Medical and sanitary report on the native army of Bombay for the year
Year: 1879
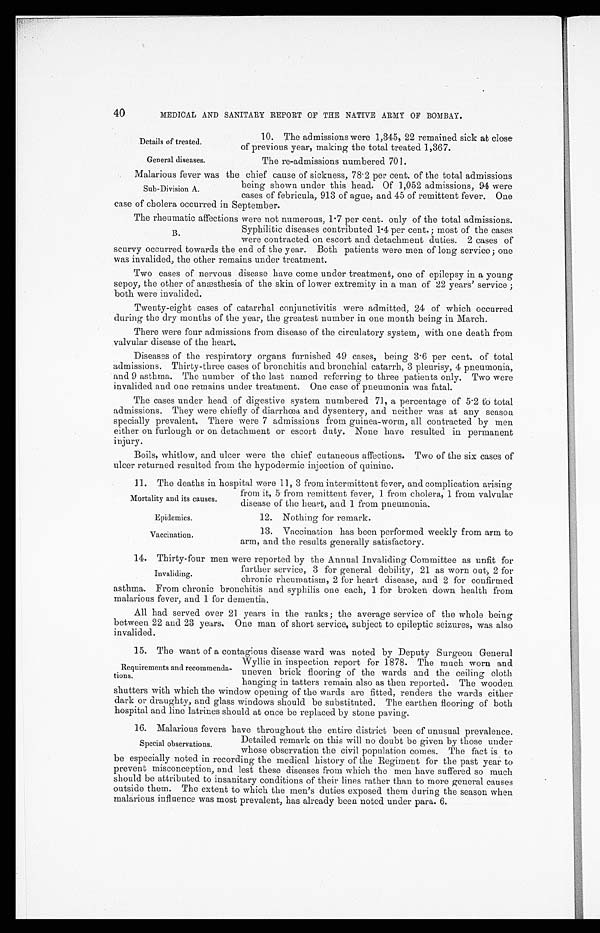
Details of treated.
General diseases.
Mortality and its causes.
Epidemics.
Vaccination.
40
MEDICAL AND SANITARY REPORT OF THE NATIVE ARMY OF BOMBAY.
10. The admissions were 1,345, 22 remained sick at close
of previous year, making the total treated 1,367.
The re-admissions numbered 701.
Malarious fever was the chief cause of sickness, 78.2 per cent. of the total admissions
being shown under this head. Of 1,052 admissions, 94 were
cases of febricula, 913 of ague, and 45 of remittent fever. One
ease of cholera occurred in September.
The rheumatic affections were not numerous, 1.7 per cent. only of the total admissions.
Syphilitic diseases contributed 1 .4 per cent.; most of the cases
were contracted on escort and detachment duties. 2 cases of
scurvy occurred towards the end of the year. Both patients were men of long service; one
was invalided, the other remains under treatment.
Two cases of nervous disease have come under treatment, one of epilepsy in a young
sepoy, the other of anæsthesia of the skin of lower extremity in a man of 22 years' service;
both were invalided.
Twenty-eight cases of catarrhal conjunctivitis were admitted, 24 of which occurred
during the dry months of the year, the greatest number in one month being in March.
There were four admissions from disease of the circulatory system, with one death from
valvular disease of the heart.
Diseases of the respiratory organs furnished 49 cases, being 3.6 per cent. of total
admissions. Thirty-three cases of bronchitis and bronchial catarrh, 3 pleurisy, 4 pneumonia,
and 9 asthma. The number of the last named referring to three patients only. Two were
invalided and one remains under treatment. One case of pneumonia was fatal.
The cases under head of digestive system numbered 71, a percentage of 5.2 to total
admissions. They were chiefly of diarrhœa and dysentery, and neither was at any season
specially prevalent. There were 7 admissions from guinea-worm, all contracted by men
either on furlough or on detachment or escort duty. None have resulted in permanent
injury.
Boils, whitlow, and ulcer were the chief cutaneous affections. Two of the six cases of
ulcer returned resulted from the hypodermic injection of quinine.
11. The deaths in hospital were 11, 3 from intermittent fever, and complication arising
from it, 5 from remittent fever, 1 from cholera, 1 from valvular
disease of the heart, and 1 from pneumonia.
12. Nothing for remark.
13. Vaccination has been performed weekly from arm to
arm, and the results generally satisfactory.
14. Thirty-four men were reported by the Annual Invaliding Committee as unfit for
further service, 3 for general debility, 21 as worn out, 2 for
chronic rheumatism, 2 for heart disease, and 2 for confirmed
asthma. From chronic bronchitis and syphilis one each, 1 for broken down health from
malarious fever, and 1 for dementia.
All had served over 21 years in the ranks; the average service of the whole being
between 22 and 23 years. One man of short service, subject to epileptic seizures, was also
invalided.
15. The want of a contagious disease ward was noted by Deputy Surgeon General
Wyllie in inspection report for 1878. The much worn and
uneven brick flooring of the wards and the ceiling cloth
hanging in tatters remain also as then reported. The wooden
shutters with which the window opening of the wards are fitted, renders the wards either
dark or draughty, and glass windows should be substituted. The earthen flooring of both
hospital and line latrines should at once be replaced by stone paving.
16. Malarious fevers have throughout the entire district been of unusual prevalence.
Detailed remark on this will no doubt be given by those under
whose observation the civil population comes. The fact is to
be especially noted in recording the medical history of the Regiment for the past year to
prevent misconception, and lest these diseases from which the men have suffered so much
should be attributed to insanitary conditions of their lines rather than to more general causes
outside them. The extent to which the men's duties exposed them during the season when
malarious influence was most prevalent, has already been noted under para. 6.
Sub-Division A.
B.
Invaliding.
Requirements and recommenda-
tions.
Special observations.